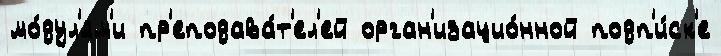
мо́дул'ям'и пр'еподава́т'ел'ей орган'изацио́нной подп'и́ск'е